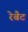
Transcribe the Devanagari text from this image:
रेबैट